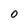
Character: 0